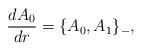
LaTeX: \begin{align*}\frac{d A_0}{dr}=\{A_0,A_1\}_{-},\end{align*}